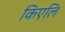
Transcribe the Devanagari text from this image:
किएलि